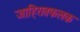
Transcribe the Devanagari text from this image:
जाहिरातफलक